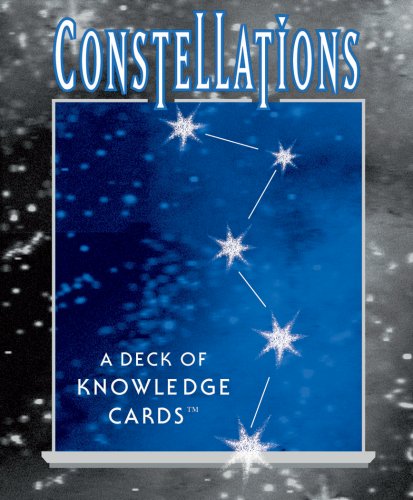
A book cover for Constellations Knowledge Cards Deck; Pomegranate; Science & Math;